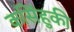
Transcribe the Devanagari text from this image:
कसिंहुकी